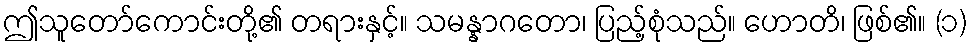
ဤသူတော်ကောင်းတို့၏ တရားနှင့်။ သမန္နာဂတော၊ ပြည့်စုံသည်။ ဟောတိ၊ ဖြစ်၏။ (၁)